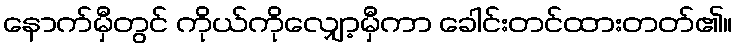
နောက်မှီတွင် ကိုယ်ကိုလျှော့မှီကာ ခေါင်းတင်ထားတတ်၏။